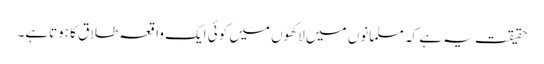
حقیقت یہ ہے کہ مسلمانوں میں لاکھوں میں کوئی ایک واقعہ طلاق کا ہوتاہے۔